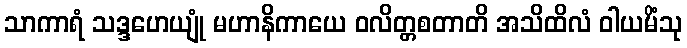
သာကာရံ သဒ္ဒဟေယျုံ မဟာနိကာယေ ဝလိတ္တစတာတိ အသိထိလံ ဝါယမိံသု